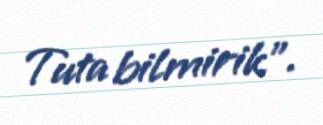
Tuta bilmirik”.